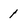
Character: 1